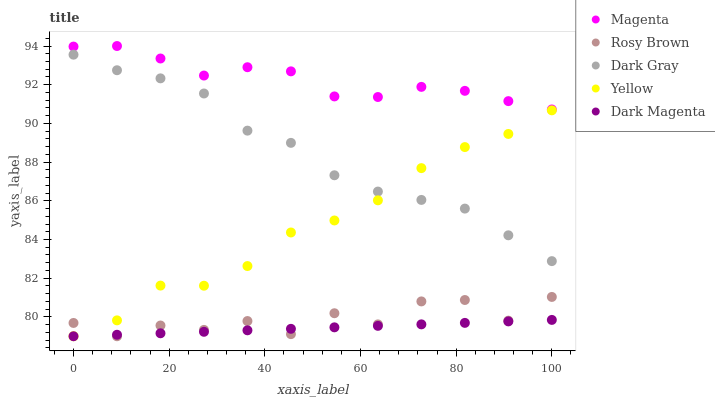
| xaxis_label | Magenta | Rosy Brown | Dark Gray | Yellow | Dark Magenta |
 | --- | --- | --- | --- | --- | --- |
 | 0 | 94 | 79.7 | 93.6 | 79 | 79 |
 | 9.09 | 94 | 79 | 92.7 | 79.8 | 79.1 |
 | 18.2 | 93.4 | 79.6 | 92.3 | 81.6 | 79.2 |
 | 27.3 | 92.5 | 79.3 | 91.5 | 81.6 | 79.2 |
 | 36.4 | 92.9 | 79.8 | 89.6 | 82.6 | 79.3 |
 | 45.5 | 92.7 | 79.1 | 89 | 84.4 | 79.4 |
 | 54.5 | 91.4 | 80.2 | 87.3 | 85 | 79.5 |
 | 63.6 | 91.4 | 79.6 | 86.5 | 86 | 79.5 |
 | 72.7 | 91.9 | 80.8 | 86 | 87.7 | 79.6 |
 | 81.8 | 91.7 | 80.9 | 85.6 | 88.8 | 79.7 |
 | 90.9 | 91.2 | 79.8 | 84.2 | 89.5 | 79.8 |
 | 100 | 90.7 | 81 | 82.9 | 90.7 | 79.8 |